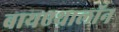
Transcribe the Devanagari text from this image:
बायएथालॉन